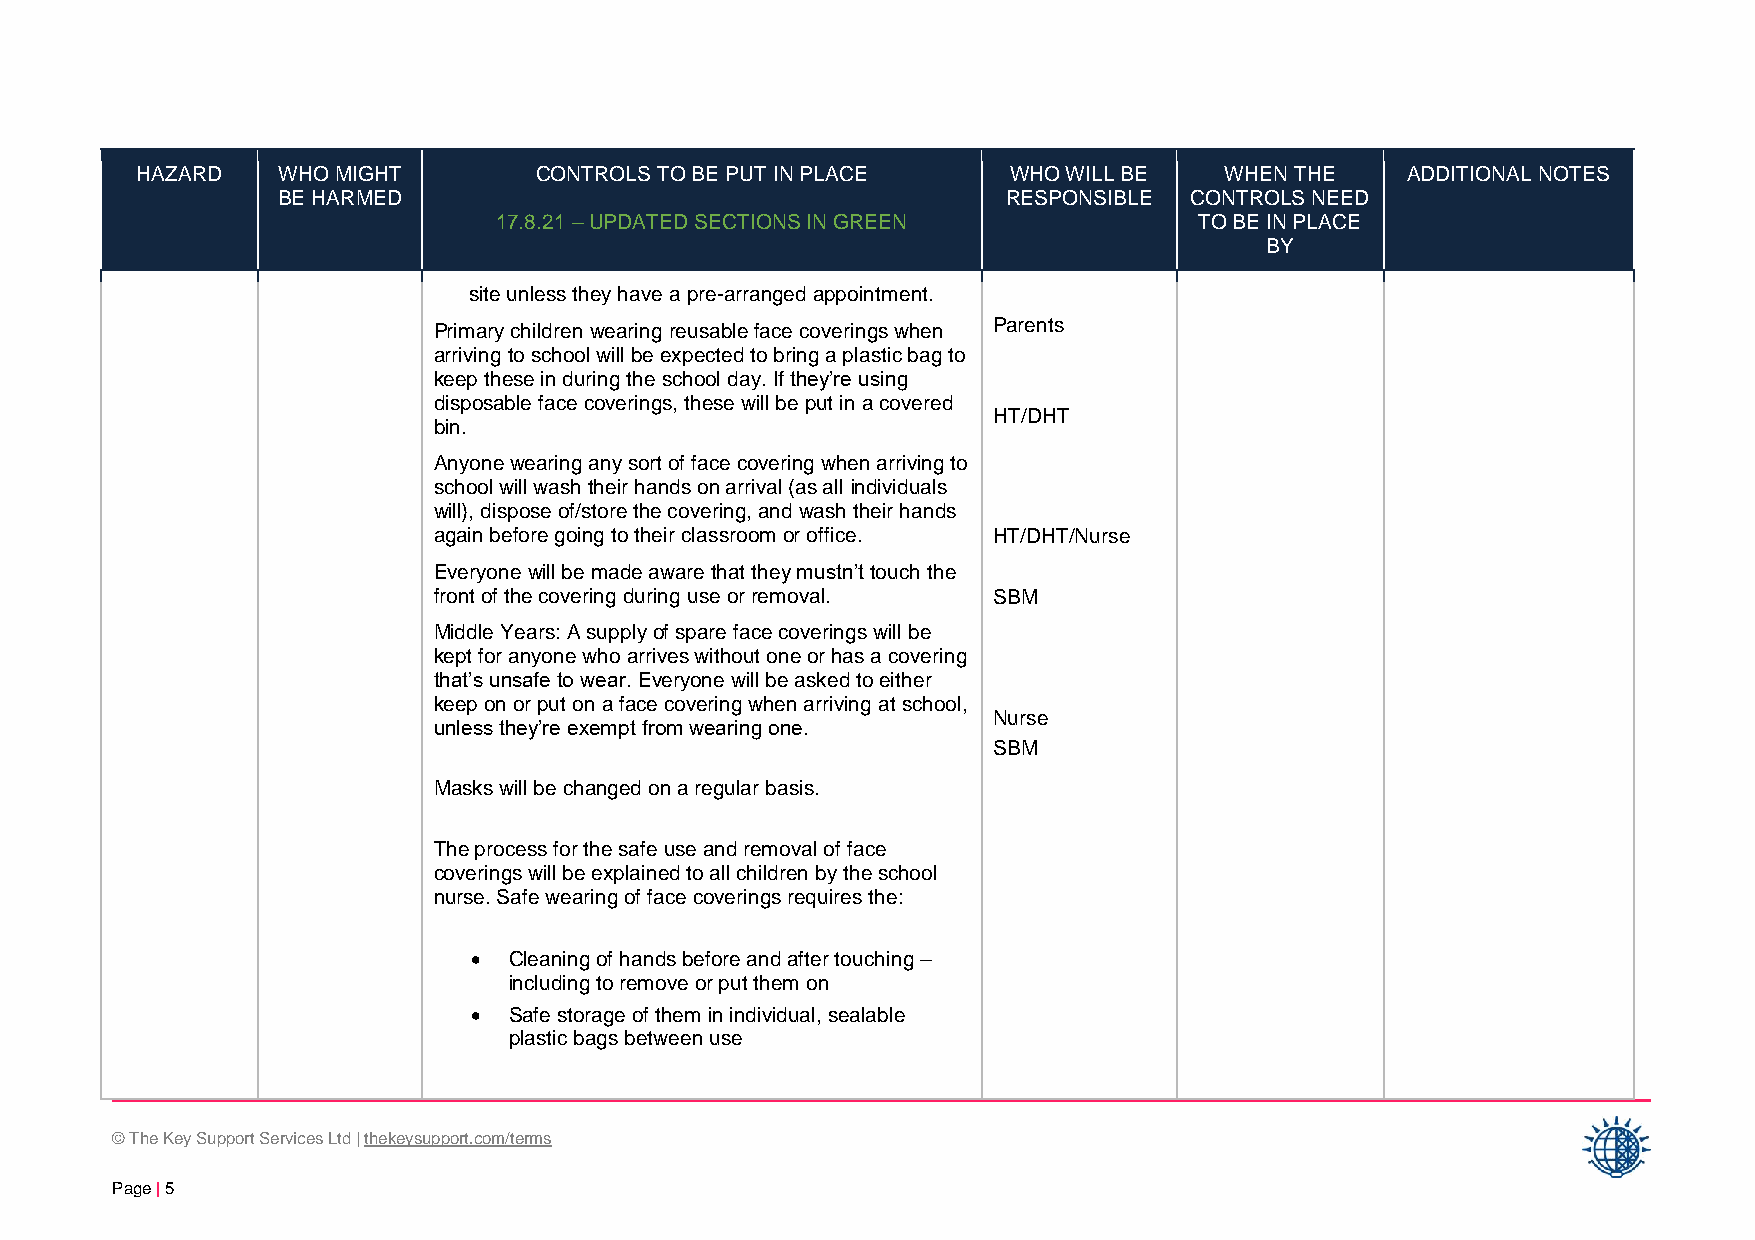
HAZARD   WHO MIGHT        CONTROLS TO BE PUT IN PLACE     WHO WILL BE   WHEN THE    ADDITIONAL NOTES
 BE HARMED                                        RESPONSIBLE CONTROLS NEED
 17.8.21 – UPDATED SECTIONS IN GREEN           TO BE IN PLACE
 BY
 site unless they have a pre-arranged appointment.
 Primary children wearing reusable face coverings when Parents
 arriving to school will be expected to bring a plastic bag to
 keep these in during the school day. If they’re using
 disposable face coverings, these will be put in a covered
 HT/DHT
 bin.
 Anyone wearing any sort of face covering when arriving to
 school will wash their hands on arrival (as all individuals
 will), dispose of/store the covering, and wash their hands
 again before going to their classroom or office. HT/DHT/Nurse
 Everyone will be made aware that they mustn’t touch the
 front of the covering during use or removal. SBM
 Middle Years: A supply of spare face coverings will be
 kept for anyone who arrives without one or has a covering
 that’s unsafe to wear. Everyone will be asked to either
 keep on or put on a face covering when arriving at school,
 Nurse
 unless they’re exempt from wearing one.
 SBM
 Masks will be changed on a regular basis.
 The process for the safe use and removal of face
 coverings will be explained to all children by the school
 nurse. Safe wearing of face coverings requires the:
 •  Cleaning of hands before and after touching –
 including to remove or put them on
 •  Safe storage of them in individual, sealable
 plastic bags between use
 © The Key Support Services Ltd | thekeysupport.com/terms
 Page | 5